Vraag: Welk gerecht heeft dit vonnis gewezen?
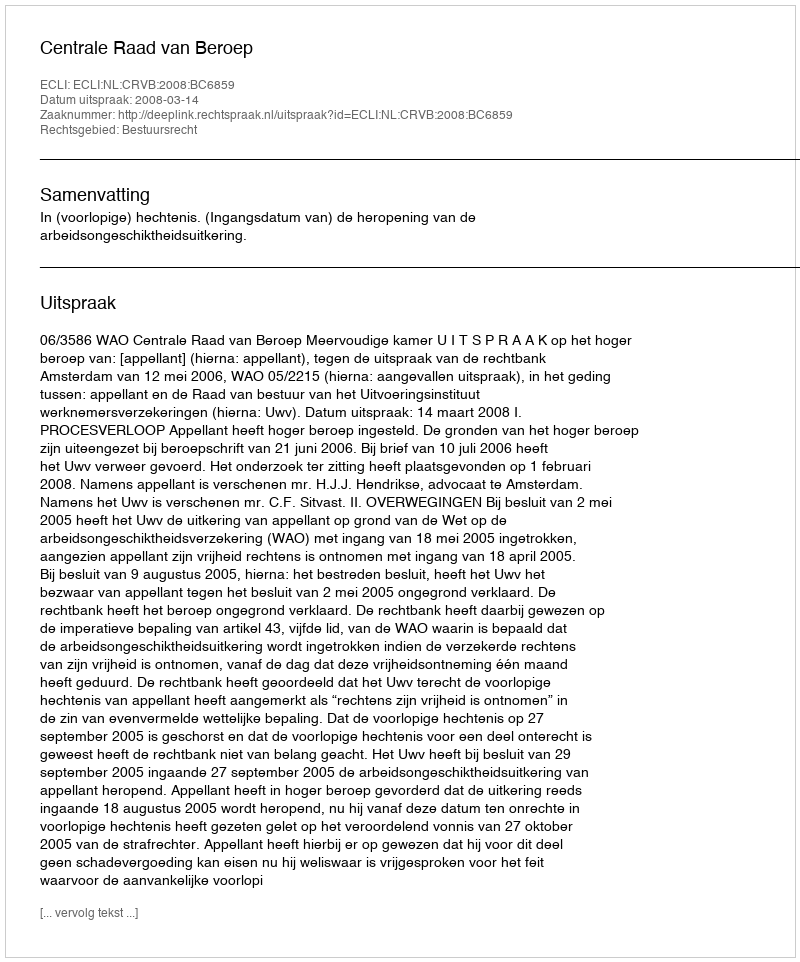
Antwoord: Centrale Raad van Beroep